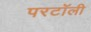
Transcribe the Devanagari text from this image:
परटॉली